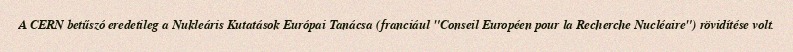
A CERN betűszó eredetileg a Nukleáris Kutatások Európai Tanácsa (franciául "Conseil Européen pour la Recherche Nucléaire") rövidítése volt.